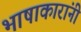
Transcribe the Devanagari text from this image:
भाषाकारांनी